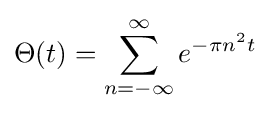
\Theta (t)=\sum \limits _{n=-\infty }^{\infty }e^{-\pi n^{2}t}